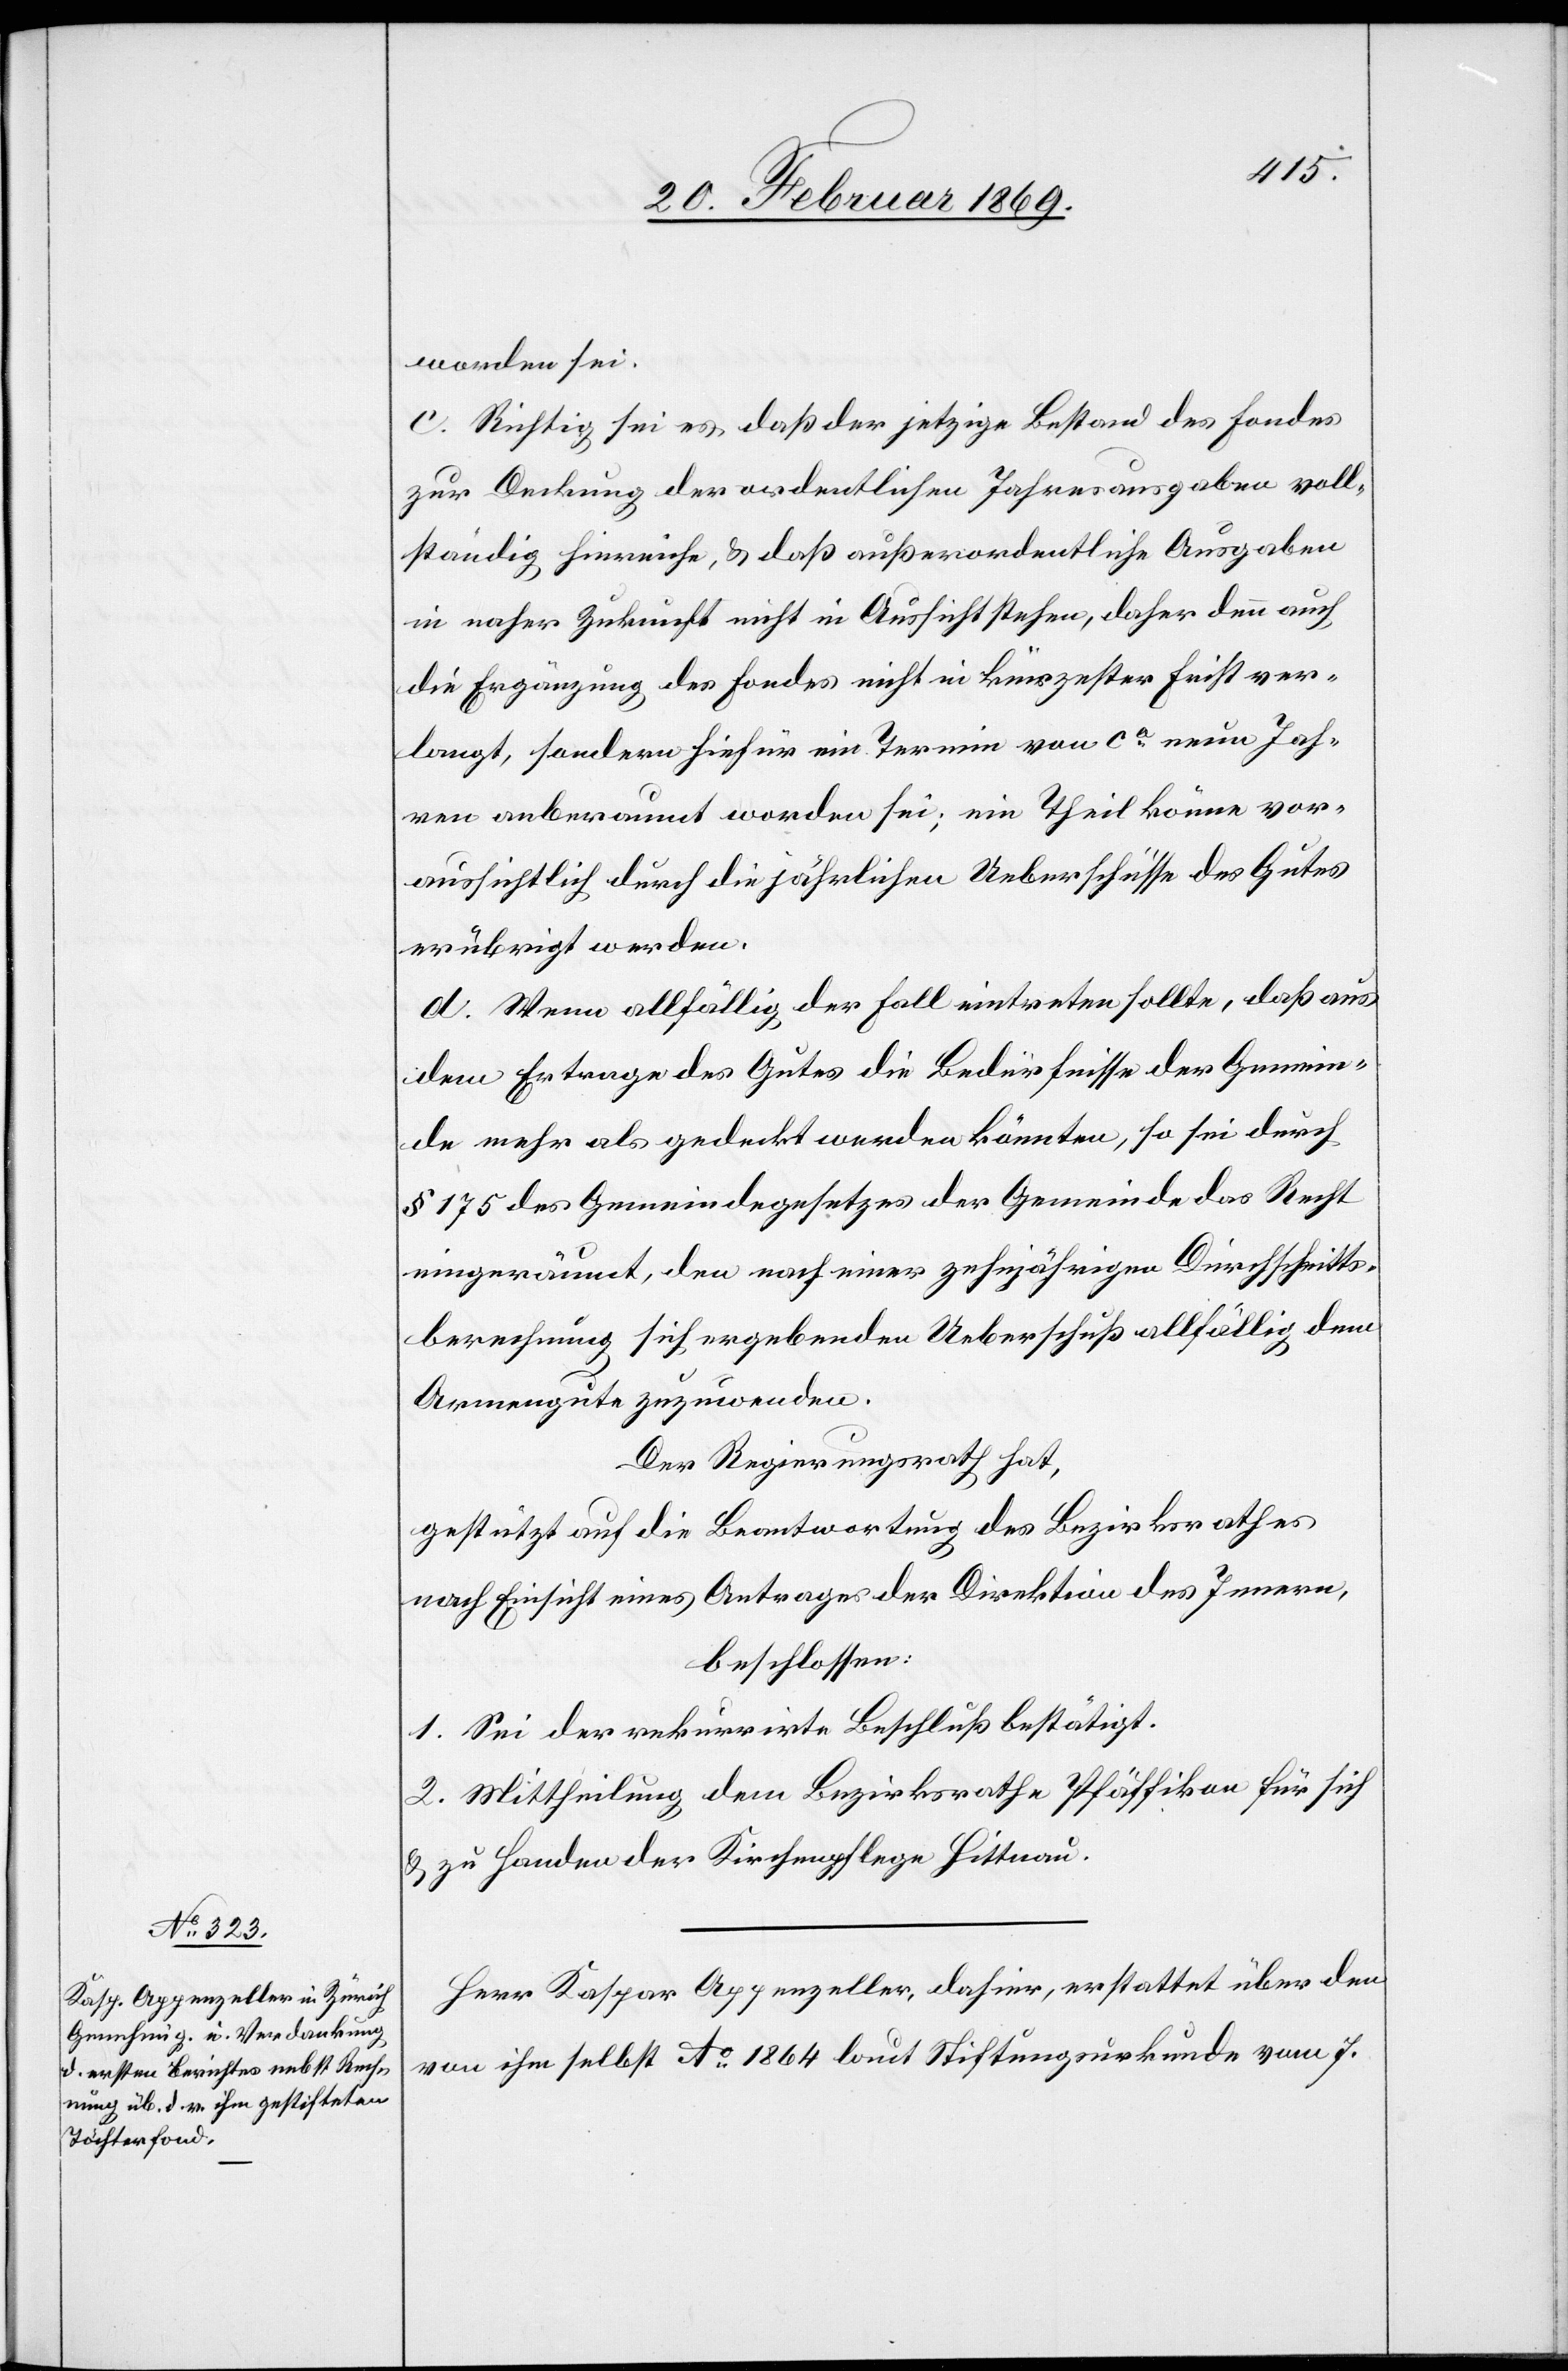
worden sei.
c. Richtig sei es, daß der jetzige Bestand des Fondes
zur Deckung der ordentlichen Jahresausgaben voll¬
ständig hinreiche, & daß außerordentliche Ausgaben
in naher Zukunft nicht in Aussicht stehen, daher denn auch
die Ergänzung des Fondes nicht in kürzester Frist ver¬
langt, sondern hiefür ein Termin von ca neuen Jah¬
ren anberaumt worden sei, ein Theil könne vor¬
aussichtlich durch die jährlichen Ueberschüsse des Gutes
erübrigt werden.
d. Wenn allfällig der Fall eintreten sollte, daß aus
dem Ertrage des Gutes die Bedürfnisse der Gemein¬
de mehr als gedeckt werden könnten, so sei durch
§ 175 des Gemeindegesetzes der Gemeinde das Recht
eingeräumt, den nach einer zehnjährigen Durchschnitts¬
berechnung sich ergebenden Ueberschuß allfällig dem
Armengute zuzuwenden.
Der Regierungsrath hat,
gestützt auf die Beantwortung des Bezirksrathes
nach Einsicht eines Antrages der Direktion des Innern,
beschlossen:
1. Sei der rekurrirte Beschluß bestätigt.
2. Mittheilung dem Bezirksrathe Pfäffikon für sich
& zu Handen der Kirchenpflege Hittnau.
Herr Kaspar Appenzeller, dahier, erstattet über den
von ihm selbst A° 1864 laut Stiftungsurkunde vom 7